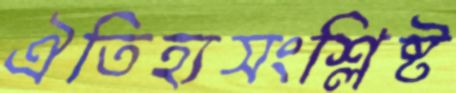
ঐতিহ্যসংশ্লিষ্ট